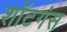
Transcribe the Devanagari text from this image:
शॉटगंस